Trukikaitis_Postimees, lk 34
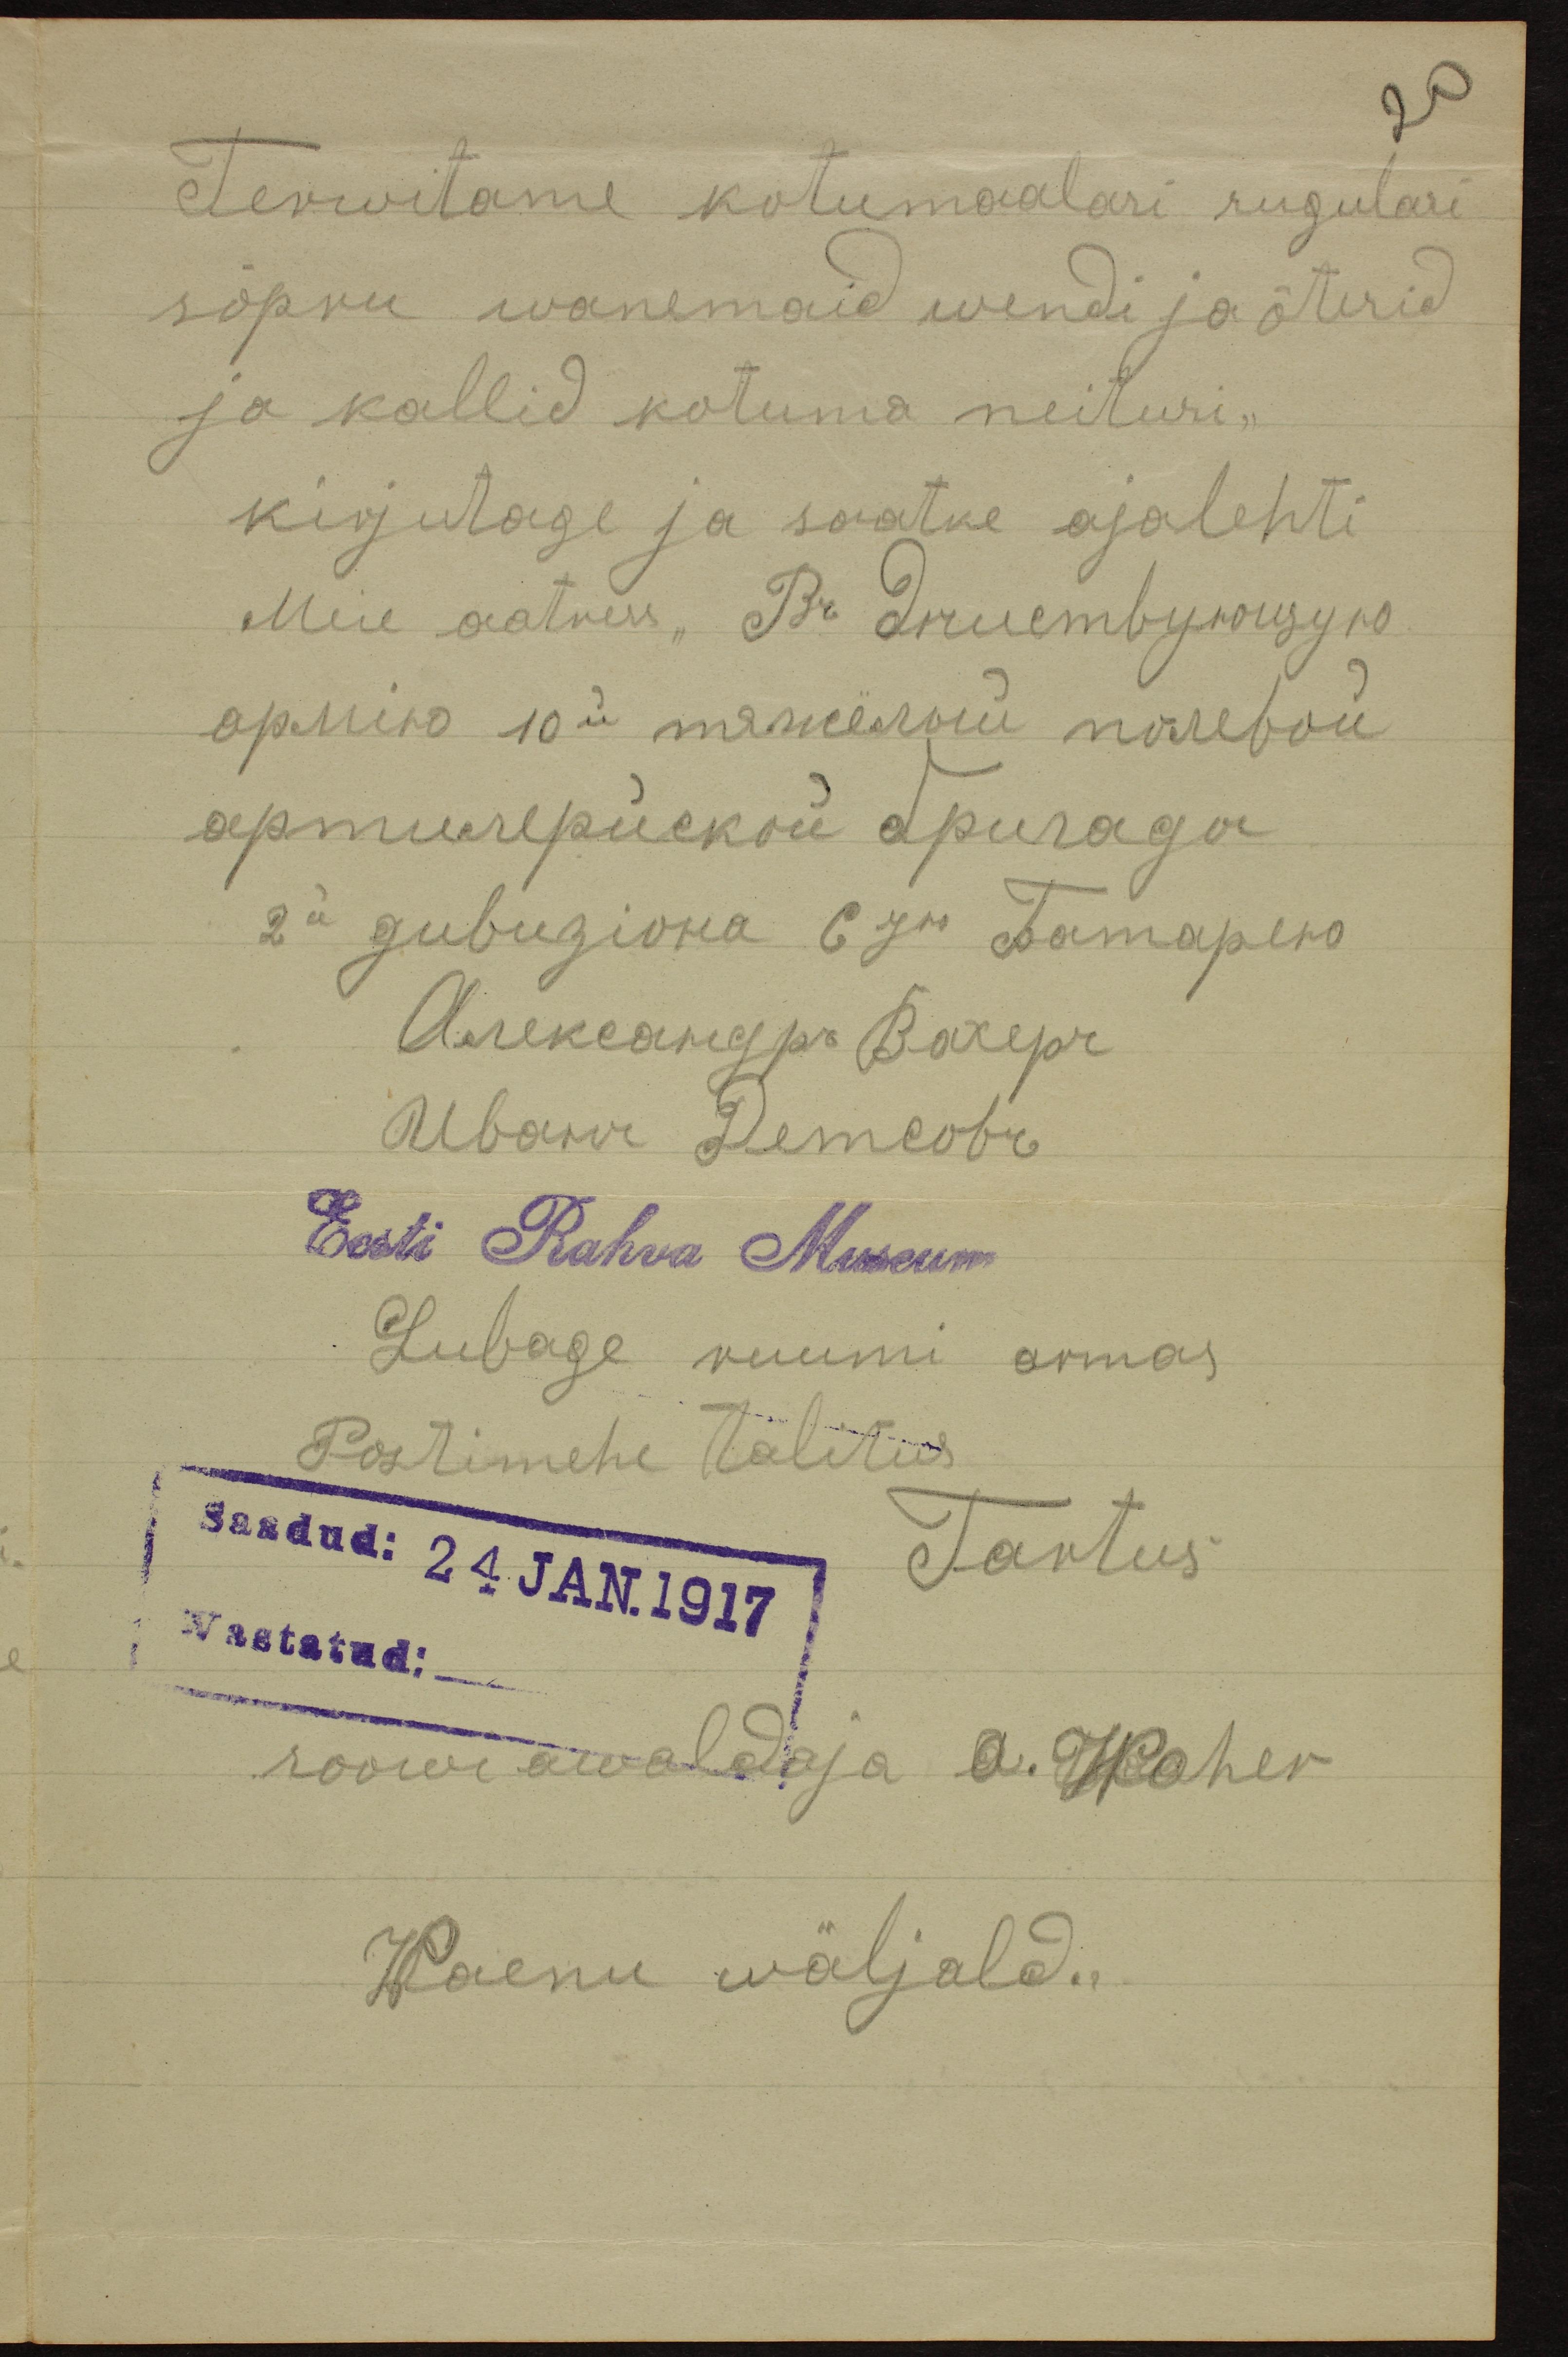
Terwitame kotumaalasi sugulasi
sõpru wanemaid wendi ja õtesid
ja kallid kotuma neitusi.
kirjutage ja saatke ajalehti
Meie aatress "Въ дшетвуноцуъ.
Eesti Rahva Museum
Lubage ruumi armas
Postimehe talitus
Saadud 24.JAN.1917 a Tartus
Wastatud:
soowi waldaja A. Koher
Waenu wäljald.